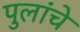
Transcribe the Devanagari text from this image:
पुलांचे